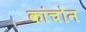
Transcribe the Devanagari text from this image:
कांचोन